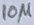
Text: 10µ